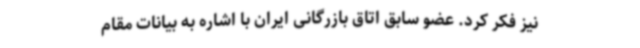
نیز فکر کرد. عضو سابق اتاق بازرگانی ایران با اشاره به بیانات مقام